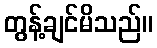
တွန့်ချင်မိသည်။